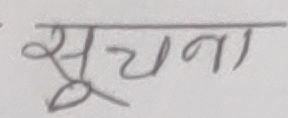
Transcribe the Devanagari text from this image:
सूचना